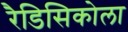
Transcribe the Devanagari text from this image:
रैडिसिकोला